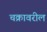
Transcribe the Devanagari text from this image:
चक्रावरील